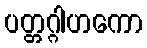
ပတ္တဂ္ဂါဟကော